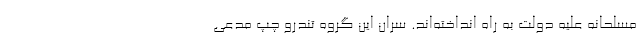
مسلحانه علیه دولت به راه انداخته‌اند. سران این گروه تندرو چپ مدعی